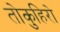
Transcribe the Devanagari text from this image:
तोकुहिरो